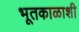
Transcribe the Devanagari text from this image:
भूतकाळाशी